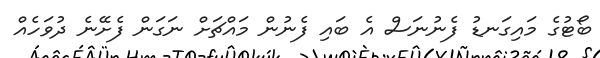
ބޯޓުގެ މައިގަނޑު ފެނުނަސް އެ ބައި ފެނުން މައްޗަަށް ނަގަން ފެށޭނެ ދުވަހެއް